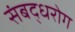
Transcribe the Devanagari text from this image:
संबद्धरोग